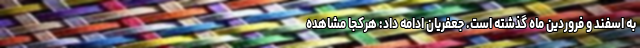
به اسفند و فروردین ماه گذشته است. جعفریان ادامه داد: هرکجا مشاهده